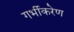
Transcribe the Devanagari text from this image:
गर्भीकरेण